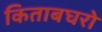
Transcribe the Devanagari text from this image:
किताबघरो